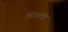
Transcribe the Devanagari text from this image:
मित्रसमूह